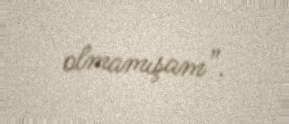
olmamışam”.